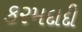
કરમદાદી